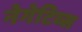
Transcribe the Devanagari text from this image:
नेगेटिव्स